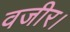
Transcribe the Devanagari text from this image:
वजीर।